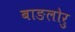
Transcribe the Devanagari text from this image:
बाङलोरु